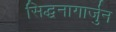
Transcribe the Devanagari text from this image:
सिद्धनागार्जुन